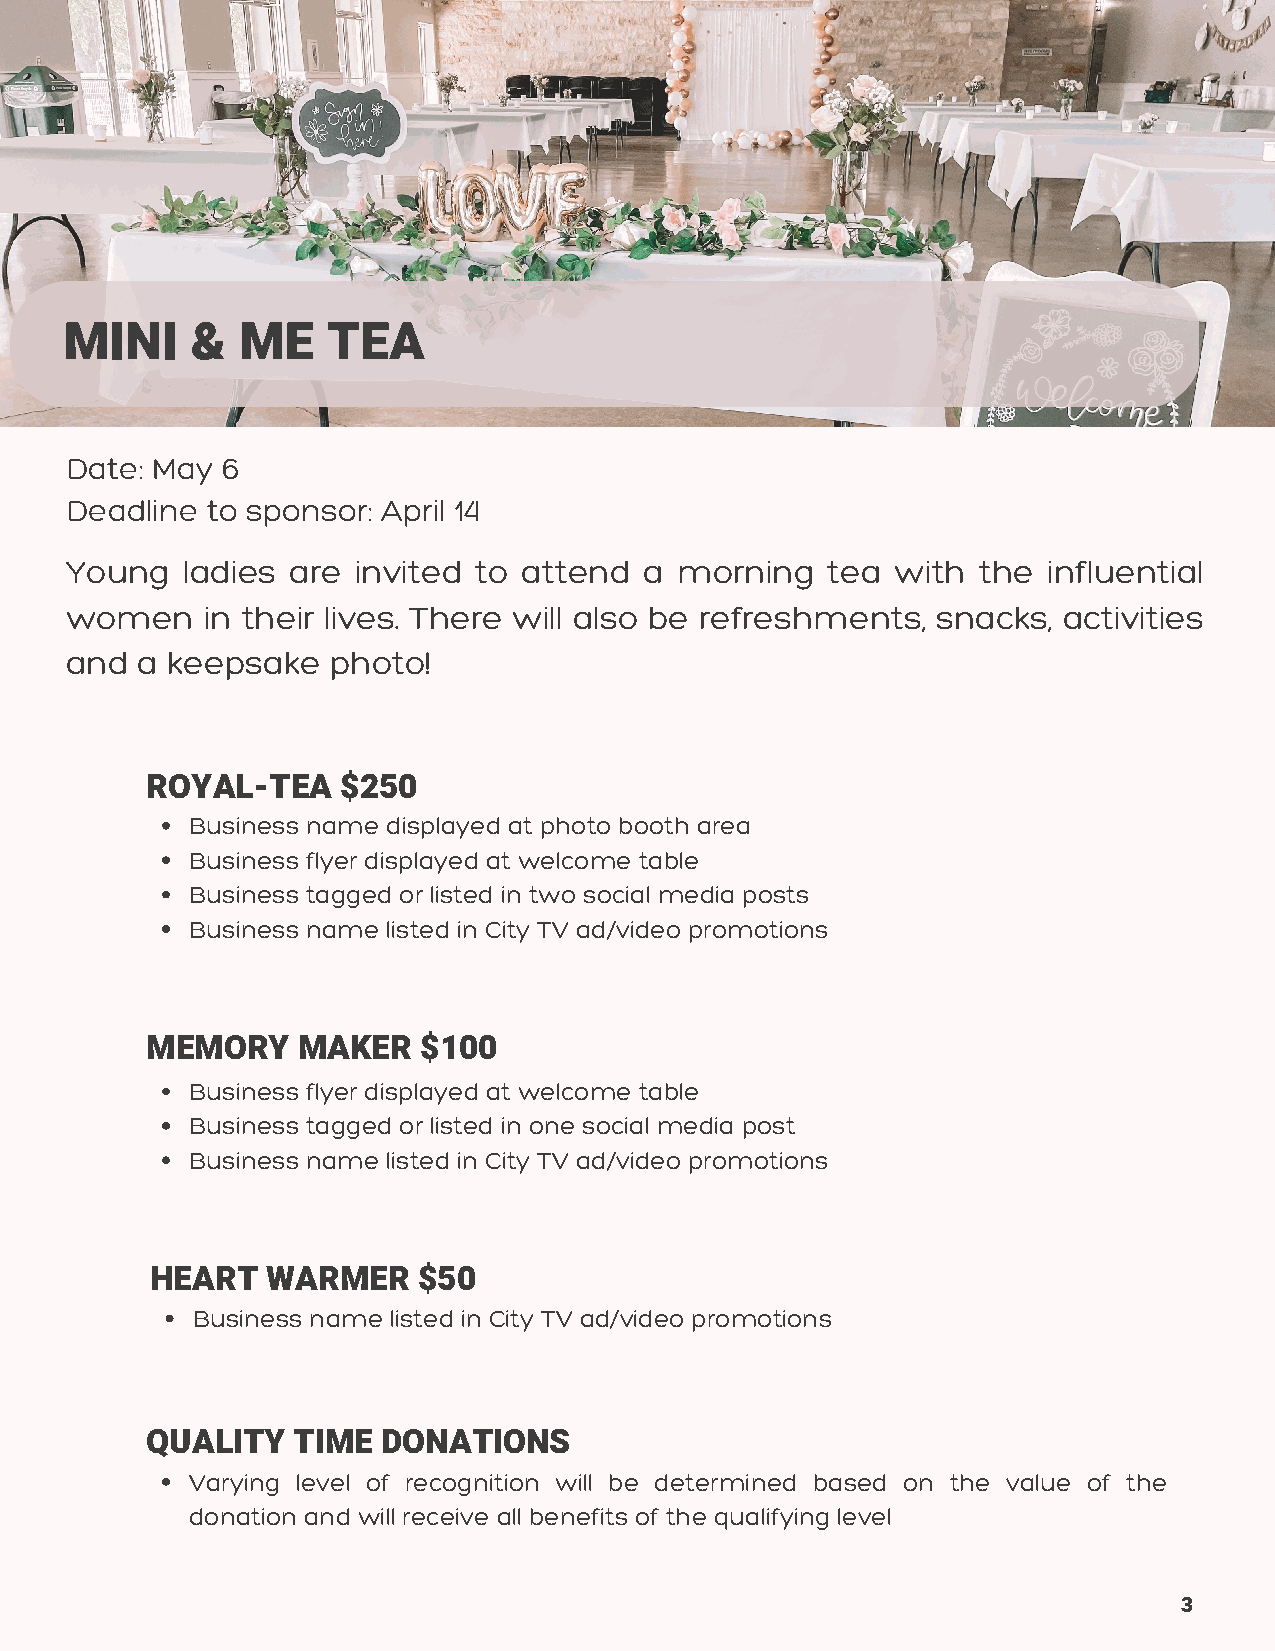
MINI     &  ME    TEA
 Date: May  6
 Deadline  to sponsor: April 14
 Young   ladies are invited to  attend  a morning   tea with  the influential
 women    in their lives. There will also be refreshments, snacks, activities
 and  a keepsake   photo!
 ROYAL-TEA    $250
 Business name displayed at photo booth area
 Business flyer displayed at welcome table
 Business tagged or listed in two social media posts
 Business name listed in City TV ad/video promotions
 MEMORY    MAKER   $100
 Business flyer displayed at welcome table
 Business tagged or listed in one social media post
 Business name listed in City TV ad/video promotions
 HEART   WARMER    $50
 Business name listed in City TV ad/video promotions
 QUALITY  TIME  DONATIONS
 Varying level of recognition will be determined based on the value of the
 donation and will receive all benefits of the qualifying level
 3